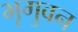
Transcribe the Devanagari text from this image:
भृगुवन